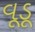
વૂડૂ